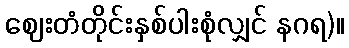
ဈေးတံတိုင်းနှစ်ပါးစုံလျှင် နဂရ)။